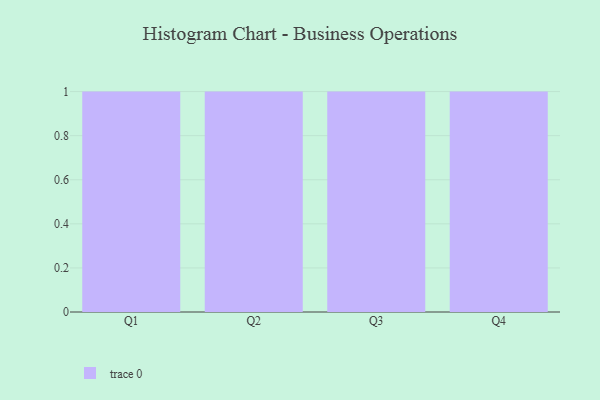
{"axis": {"x": "Quarter", "y": "Inventory Turnover"}, "legend": [""], "data": [{"x": "Q1", "y": 21, "type": ""}, {"x": "Q2", "y": 18, "type": ""}, {"x": "Q3", "y": 80, "type": ""}, {"x": "Q4", "y": 7, "type": ""}]}